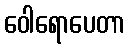
ဝေါရောပေတာ